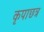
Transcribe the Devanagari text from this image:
कृपाछत्र